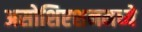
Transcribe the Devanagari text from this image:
असोशिएशनमध्ये